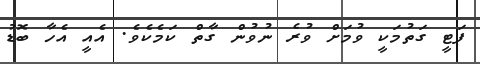
ފަޓީ ގަތުމަކީ ވުމަށް ވުރެ ނުވުން ގާތް ކަމެކެވެ. އެއީ އެހާ ބޮޑު